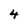
Character: 4